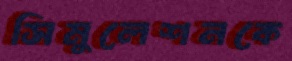
সিমুলেশনকে